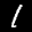
Label: 1